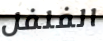
الفلفل